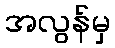
အလွန်မှ